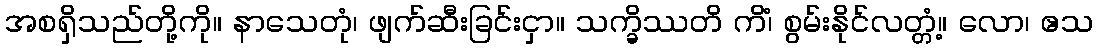
အစရှိသည်တို့ကို။ နာသေတုံ၊ ဖျက်ဆီးခြင်းငှာ။ သက္ခိဿတိ ကိံ၊ စွမ်းနိုင်လတ္တံ့။ လော၊ ဧသ